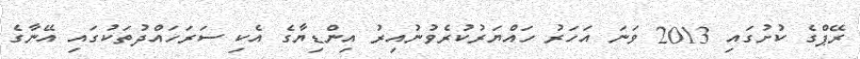
ރޭޕްގެ ކުށުގައި 2013 ވަނަ އަހަރު ހައްޔަރުކުރެވުނުއިރު އިންޑިޔާގެ އެކި ސަރަހައްދުތަކުގައި އޭނާގެ